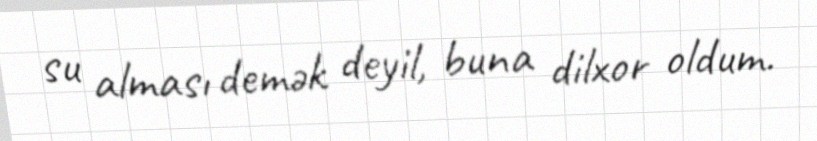
su alması demək deyil, buna dilxor oldum.